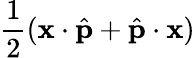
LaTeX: \frac{1}{2}(\mathbf{x}\cdot\hat{\mathbf{p}}+\hat{\mathbf{p}}\cdot\mathbf{x})